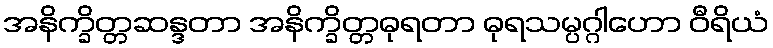
အနိက္ခိတ္တဆန္ဒတာ အနိက္ခိတ္တဓုရတာ ဓုရသမ္ပဂ္ဂါဟော ဝီရိယံ